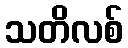
သတိလစ်